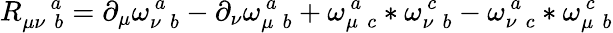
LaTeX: R_{\mu\nu\, \, b}^{\quad a}=\partial_{\mu}\omega_{\nu\, \, b}^{\, a}-\partial_{\nu}\omega_{\mu\, \, b}^{\, a}+\omega_{\mu\, \, c}^{\, a}\ast\omega_{\nu\, \, b}^{\, c}-\omega_{\nu\, \, c}^{\, a}\ast\omega_{\mu\, \, b}^{\, c}